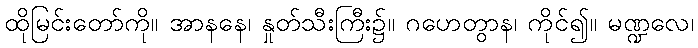
ထိုမြင်းတော်ကို။ အာနနေ၊ နှုတ်သီးကြီး၌။ ဂဟေတွာန၊ ကိုင်၍။ မဏ္ဍလေ၊